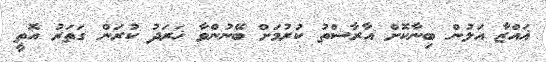
ޣައްޒާ އަލުން ބިނާކޮށް އާރާސްތު ކުރުމަށް ބޭނުންވާ ޚަރަދު ކުރަން ގަތަރު އޮތީ